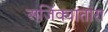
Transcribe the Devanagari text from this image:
अजिंक्यातारा